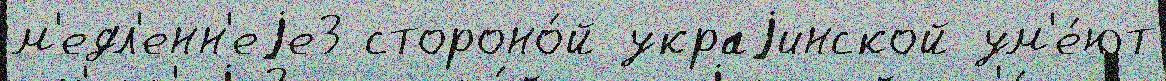
м'едл'енн'еjе3 стороно́й украjинской ум'е́ют